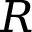
R